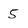
Character: 5